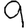
Digit: 9